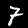
Label: 7